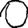
Digit: 0